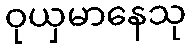
ဝုယှမာနေသု